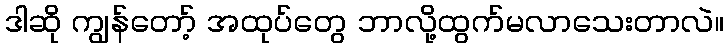
ဒါဆို ကျွန်တော့် အထုပ်တွေ ဘာလို့ထွက်မလာသေးတာလဲ။